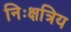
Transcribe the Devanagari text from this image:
निःक्षत्रिय